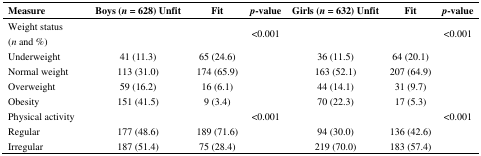
<table><thead><tr><td><b>Measure</b></td><td><b>Boys (<i>n</i> = 628) Unfit </b></td><td><b>Fit </b></td><td><b><i>p</i>-value </b></td><td><b>Girls (<i>n</i> = 632) Unfit </b></td><td><b>Fit </b></td><td><b><i>p</i>-value</b></td></tr></thead><tbody><tr><td>Weight status (<i>n</i> and %)</td><td></td><td></td><td>&lt;0.001</td><td></td><td></td><td>&lt;0.001</td></tr><tr><td>Underweight</td><td>41 (11.3)</td><td>65 (24.6)</td><td></td><td>36 (11.5)</td><td>64 (20.1)</td><td></td></tr><tr><td>Normal weight</td><td>113 (31.0)</td><td>174 (65.9)</td><td></td><td>163 (52.1)</td><td>207 (64.9)</td><td></td></tr><tr><td>Overweight </td><td>59 (16.2)</td><td>16 (6.1)</td><td></td><td>44 (14.1)</td><td>31 (9.7)</td><td></td></tr><tr><td>Obesity</td><td>151 (41.5)</td><td>9 (3.4)</td><td></td><td>70 (22.3)</td><td>17 (5.3)</td><td></td></tr><tr><td>Physical activity</td><td></td><td></td><td>&lt;0.001</td><td></td><td></td><td>&lt;0.001</td></tr><tr><td>Regular</td><td>177 (48.6)</td><td>189 (71.6)</td><td></td><td>94 (30.0)</td><td>136 (42.6)</td><td></td></tr><tr><td>Irregular</td><td>187 (51.4)</td><td>75 (28.4)</td><td></td><td>219 (70.0)</td><td>183 (57.4)</td><td></td></tr></tbody></table>